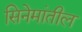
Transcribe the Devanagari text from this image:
सिनेमांतील